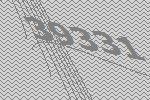
39331